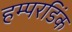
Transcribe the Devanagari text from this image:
हम्परडिंक